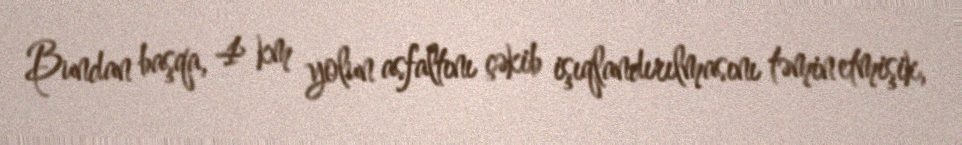
Bundan başqa, 4 km yolun asfaltını çəkib işıqlandırılmasını təmin etmişik,